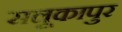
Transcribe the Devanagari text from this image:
सलूकापुर